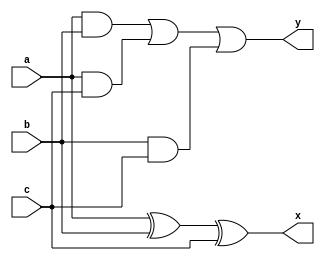
module test1(a,b,c,x,y);

input a,b,c;
output x,y;

assign x = a ^ b ^ c;
assign y = (a & b) | (a & c) | (b & c);

endmodule